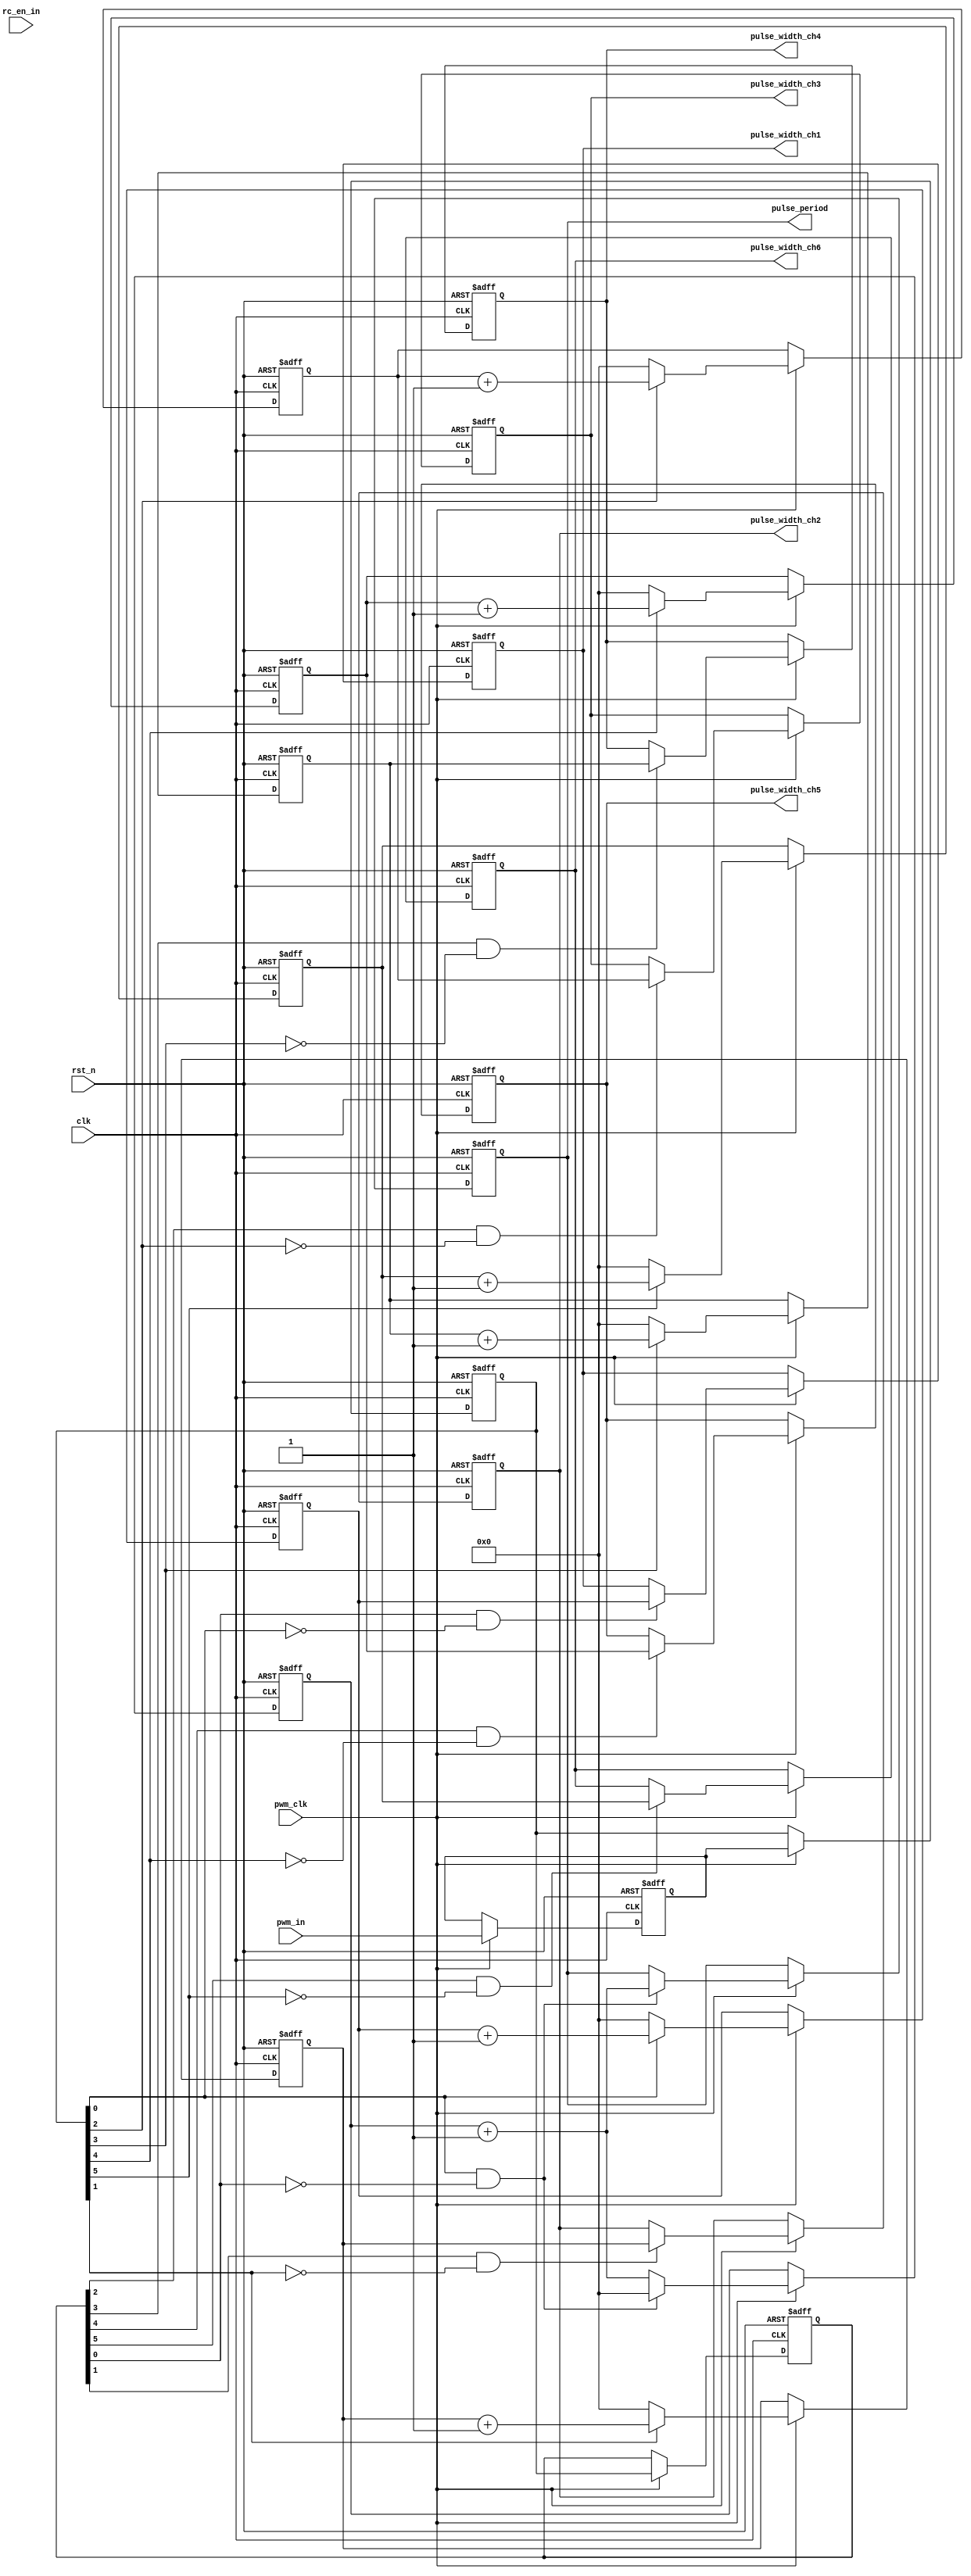
/***************************************************************************************************************
--Module Name:  pwm_cap_rc
--Author     :  Jin
--Description:  6 channels pulse capture for RC (remote control )receiver.
                1MHz PWM capturing clk.
					 pulse width couting number updated at the falling edge of each pulse 
                xxx xxx xxx xxx
--History    :  20`WORDSIZE-1-04-10  Created by Jin.
                           

***************************************************************************************************************/
`timescale 1ns/100ps
`define  WORDSIZE 15

module pwm_cap_rc
(
  input  wire        clk               ,  // default 24MHz
  input  wire        rst_n             ,  
  input  wire        pwm_clk           ,  // 1MHz pwm capturing clock
  
  input  wire        rc_en_in          ,  // Remote control enable.High level enables PWM capturing
  
  output reg  [`WORDSIZE-1:0] pulse_width_ch1   ,  // pulse width of pwm signal for channel 1. 1 LSB= 1us
  output reg  [`WORDSIZE-1:0] pulse_width_ch2   ,
  output reg  [`WORDSIZE-1:0] pulse_width_ch3   ,
  output reg  [`WORDSIZE-1:0] pulse_width_ch4   ,
  output reg  [`WORDSIZE-1:0] pulse_width_ch5   ,
  output reg  [`WORDSIZE-1:0] pulse_width_ch6   ,
  output reg  [`WORDSIZE-1:0] pulse_period      ,  // pulse period of rc pwm signal;1 LSB = 1us
  
  input  wire [5:0]  pwm_in   

);
//----------------------------------------------------------------------------------------------------

	           
//-----------------------------------------------------------------------------------------------------
           /* 1MHz sampling of pwm_in  */
	 reg [5:0]    pwm_in_buf1;
    reg [5:0]    pwm_in_buf2;
	 reg [5:0]    pwm_in_buf3;
	 
	 always @ (posedge clk or negedge rst_n)
	   begin
		   //if((!rst_n)||(!rc_en_in))
			if(!rst_n)
			  begin
			   pwm_in_buf1 <= 6'd0;
				pwm_in_buf2 <= 6'd0;
				pwm_in_buf3 <= 6'd0;
			  end
			else if(pwm_clk)
			        begin
			          pwm_in_buf1 <= pwm_in      ;
						 pwm_in_buf2 <= pwm_in_buf1 ;
						 pwm_in_buf3 <= pwm_in_buf2 ;
					  end
		end
 //---------------------------------------------------------------------------------------------------
         /*  pulse width counting of channel 1  */
    reg[`WORDSIZE-1:0]  pulse_width_counter1;
	 wire       negedge_pwm_in1;
	 
	 assign negedge_pwm_in1 = pwm_in_buf3[0]&(~pwm_in_buf2[0]);
 
	 
	 always @ (posedge clk or negedge rst_n)
	   begin
		   //if((!rst_n)||(!rc_en_in))
			if(!rst_n)
			  pulse_width_counter1 <= `WORDSIZE'd0;
			else if(pwm_clk)
			        begin
					    if(pwm_in_buf2[0]==1'd1)  // counting at high level
						    pulse_width_counter1 <= pulse_width_counter1 + `WORDSIZE'd1;
						 else 
							 pulse_width_counter1 <= `WORDSIZE'd0; 
					  end
		end
		
	always @ (posedge clk or negedge rst_n)
	   begin
		   //if((!rst_n)||(!rc_en_in))
			if(!rst_n)
				pulse_width_ch1      <= `WORDSIZE'd0;
			else if(pwm_clk)
			        begin
						if (negedge_pwm_in1) // latch counting number at falling edge and reset counter
						    begin
							   pulse_width_ch1      <= pulse_width_counter1;
							 end						   
					  end
		end
//------------------------------------------------------------------------------------------------------ 
         /*  pulse width counting of channel 2  */
    reg[`WORDSIZE-1:0]  pulse_width_counter2;
	 wire       negedge_pwm_in2;
	 
	 assign negedge_pwm_in2 = pwm_in_buf3[1]&(~pwm_in_buf2[1]);
 
	 
	 always @ (posedge clk or negedge rst_n)
	   begin
		   //if((!rst_n)||(!rc_en_in))
			if(!rst_n)
			  pulse_width_counter2 <= `WORDSIZE'd0;
			else if(pwm_clk)
			        begin
					    if(pwm_in_buf2[1]==1'd1)  // counting at high level
						    pulse_width_counter2 <= pulse_width_counter2 + `WORDSIZE'd1;
						 else 
							 pulse_width_counter2 <= `WORDSIZE'd0; 
					  end
		end
		
	always @ (posedge clk or negedge rst_n)
	   begin
		   //if((!rst_n)||(!rc_en_in))
			if(!rst_n)
				pulse_width_ch2      <= `WORDSIZE'd0;
			else if(pwm_clk)
			        begin
						if (negedge_pwm_in2) // latch counting number at falling edge and reset counter
						    begin
							   pulse_width_ch2      <= pulse_width_counter2;
							 end						   
					  end
		end
//-------------------------------------------------------------------------------------------------------- 
         /*  pulse width counting of channel 3  */
    reg[`WORDSIZE-1:0]  pulse_width_counter3;
	 wire       negedge_pwm_in3;
	 
	 assign negedge_pwm_in3 = pwm_in_buf3[2]&(~pwm_in_buf2[2]);
 
	 
	 always @ (posedge clk or negedge rst_n)
	   begin
		   //if((!rst_n)||(!rc_en_in))
			if(!rst_n)
			  pulse_width_counter3 <= `WORDSIZE'd0;
			else if(pwm_clk)
			        begin
					    if(pwm_in_buf2[2]==1'd1)  // counting at high level
						    pulse_width_counter3 <= pulse_width_counter3 + `WORDSIZE'd1;
						 else 
							 pulse_width_counter3 <= `WORDSIZE'd0; 
					  end
		end
		
	always @ (posedge clk or negedge rst_n)
	   begin
		   //if((!rst_n)||(!rc_en_in))
			if(!rst_n)
				pulse_width_ch3      <= `WORDSIZE'd0;
			else if(pwm_clk)
			        begin
						if (negedge_pwm_in3) // latch counting number at falling edge and reset counter
						    begin
							   pulse_width_ch3      <= pulse_width_counter3;
							 end						   
					  end
		end
//-------------------------------------------------------------------------------------------------------- 
         /*  pulse width counting of channel 4  */
    reg[`WORDSIZE-1:0]  pulse_width_counter4;
	 wire       negedge_pwm_in4;
	 
	 assign negedge_pwm_in4 = pwm_in_buf3[3]&(~pwm_in_buf2[3]);
 
	 
	 always @ (posedge clk or negedge rst_n)
	   begin
		   //if((!rst_n)||(!rc_en_in))
			if(!rst_n)
			  pulse_width_counter4 <= `WORDSIZE'd0;
			else if(pwm_clk)
			        begin
					    if(pwm_in_buf2[3]==1'd1)  // counting at high level
						    pulse_width_counter4 <= pulse_width_counter4 + `WORDSIZE'd1;
						 else 
							 pulse_width_counter4 <= `WORDSIZE'd0; 
					  end
		end
		
	always @ (posedge clk or negedge rst_n)
	   begin
		   //if((!rst_n)||(!rc_en_in))
			if(!rst_n)
				pulse_width_ch4      <= `WORDSIZE'd0;
			else if(pwm_clk)
			        begin
						if (negedge_pwm_in4) // latch counting number at falling edge and reset counter
						    begin
							   pulse_width_ch4      <= pulse_width_counter4;
							 end						   
					  end
		end
//---------------------------------------------------------------------------------------------------- 
         /*  pulse width counting of channel 5  */
    reg[`WORDSIZE-1:0]  pulse_width_counter5;
	 wire       negedge_pwm_in5;
	 
	 assign negedge_pwm_in5 = pwm_in_buf3[4]&(~pwm_in_buf2[4]);
 
	 
	 always @ (posedge clk or negedge rst_n)
	   begin
		   //if((!rst_n)||(!rc_en_in))
			if(!rst_n)
			  pulse_width_counter5 <= `WORDSIZE'd0;
			else if(pwm_clk)
			        begin
					    if(pwm_in_buf2[4]==1'd1)  // counting at high level
						    pulse_width_counter5 <= pulse_width_counter5 + `WORDSIZE'd1;
						 else 
							 pulse_width_counter5 <= `WORDSIZE'd0; 
					  end
		end
		
	always @ (posedge clk or negedge rst_n)
	   begin
		   //if((!rst_n)||(!rc_en_in))
			if(!rst_n)
				pulse_width_ch5      <= `WORDSIZE'd0;
			else if(pwm_clk)
			        begin
						if (negedge_pwm_in5) // latch counting number at falling edge and reset counter
						    begin
							   pulse_width_ch5      <= pulse_width_counter5;
							 end						   
					  end
		end
//------------------------------------------------------------------------------------------------------ 
         /*  pulse width counting of channel 6 */
    reg[`WORDSIZE-1:0]  pulse_width_counter6;
	 wire       negedge_pwm_in6;
	 
	 assign negedge_pwm_in6 = pwm_in_buf3[5]&(~pwm_in_buf2[5]);
 
	 
	 always @ (posedge clk or negedge rst_n)
	   begin
		   //if((!rst_n)||(!rc_en_in))
			if(!rst_n)
			  pulse_width_counter6 <= `WORDSIZE'd0;
			else if(pwm_clk)
			        begin
					    if(pwm_in_buf2[5]==1'd1)  // counting at high level
						    pulse_width_counter6 <= pulse_width_counter6 + `WORDSIZE'd1;
						 else 
							 pulse_width_counter6 <= `WORDSIZE'd0; 
					  end
		end
		
	always @ (posedge clk or negedge rst_n)
	   begin
		   //if((!rst_n)||(!rc_en_in))
			if(!rst_n)
				pulse_width_ch6      <= `WORDSIZE'd0;
			else if(pwm_clk)
			        begin
						if (negedge_pwm_in6) // latch counting number at falling edge and reset counter
						    begin
							   pulse_width_ch6      <= pulse_width_counter6;
							 end						   
					  end
		end
//---------------------------------------------------------------------------- -------------------------
      /* pulse period counting  */
  reg [`WORDSIZE-1:0]   pulse_period_counter;
  wire         posedge_pwm_in1;
  
  assign posedge_pwm_in1 = pwm_in_buf2[0]&(~pwm_in_buf3[0]);
  
  	 always @ (posedge clk or negedge rst_n)
	   begin
		   //if((!rst_n)||(!rc_en_in))
			if(!rst_n)
			   begin
			     pulse_period_counter <= `WORDSIZE'd0;
				  pulse_period         <= `WORDSIZE'd0;
				end
			else if(pwm_clk)
			        begin
					    if(!posedge_pwm_in1)  // counting at low level
						    pulse_period_counter <= pulse_period_counter + `WORDSIZE'd1;
						 else if (posedge_pwm_in1) // latch counting number at rising edge and reset counter
						    begin
							   pulse_period         <= pulse_period_counter + `WORDSIZE'd1;
							   pulse_period_counter <= `WORDSIZE'd0; 
							 end						   
					  end
		end
//---------------------------------------------------------------------------- -------------------------  

endmodule